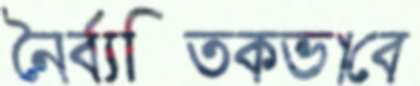
নৈর্ব্যক্তিকভাবে